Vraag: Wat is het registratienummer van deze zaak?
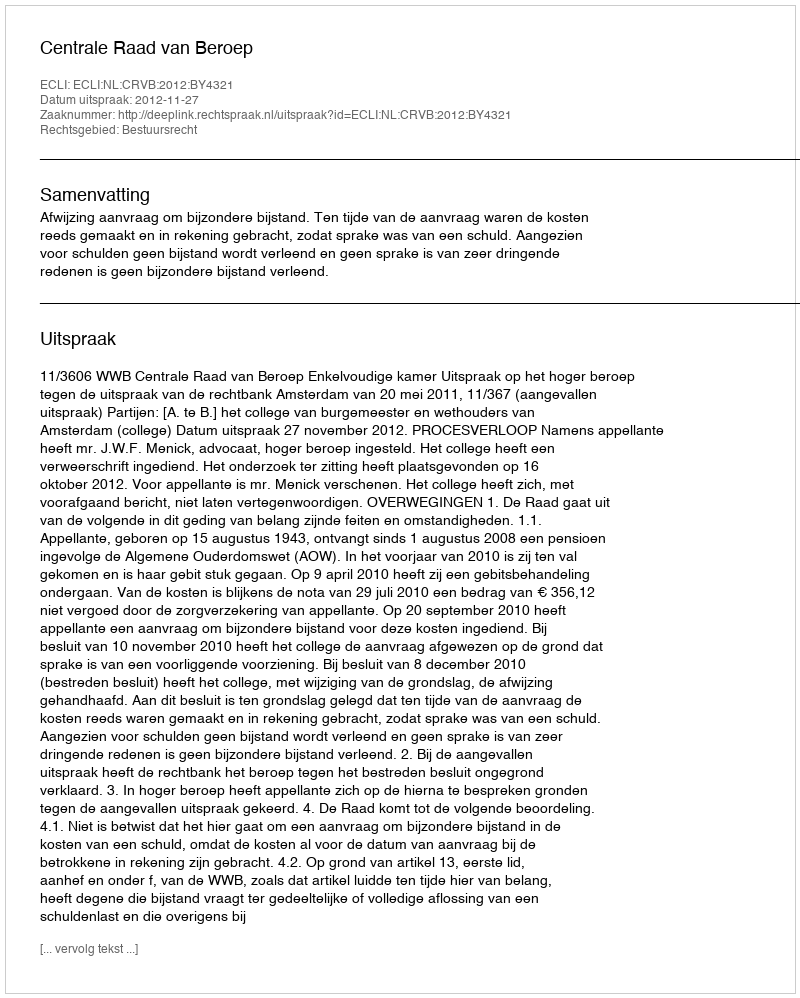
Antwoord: http://deeplink.rechtspraak.nl/uitspraak?id=ECLI:NL:CRVB:2012:BY4321